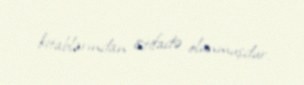
kitablarından istifadə olunmuşdur.